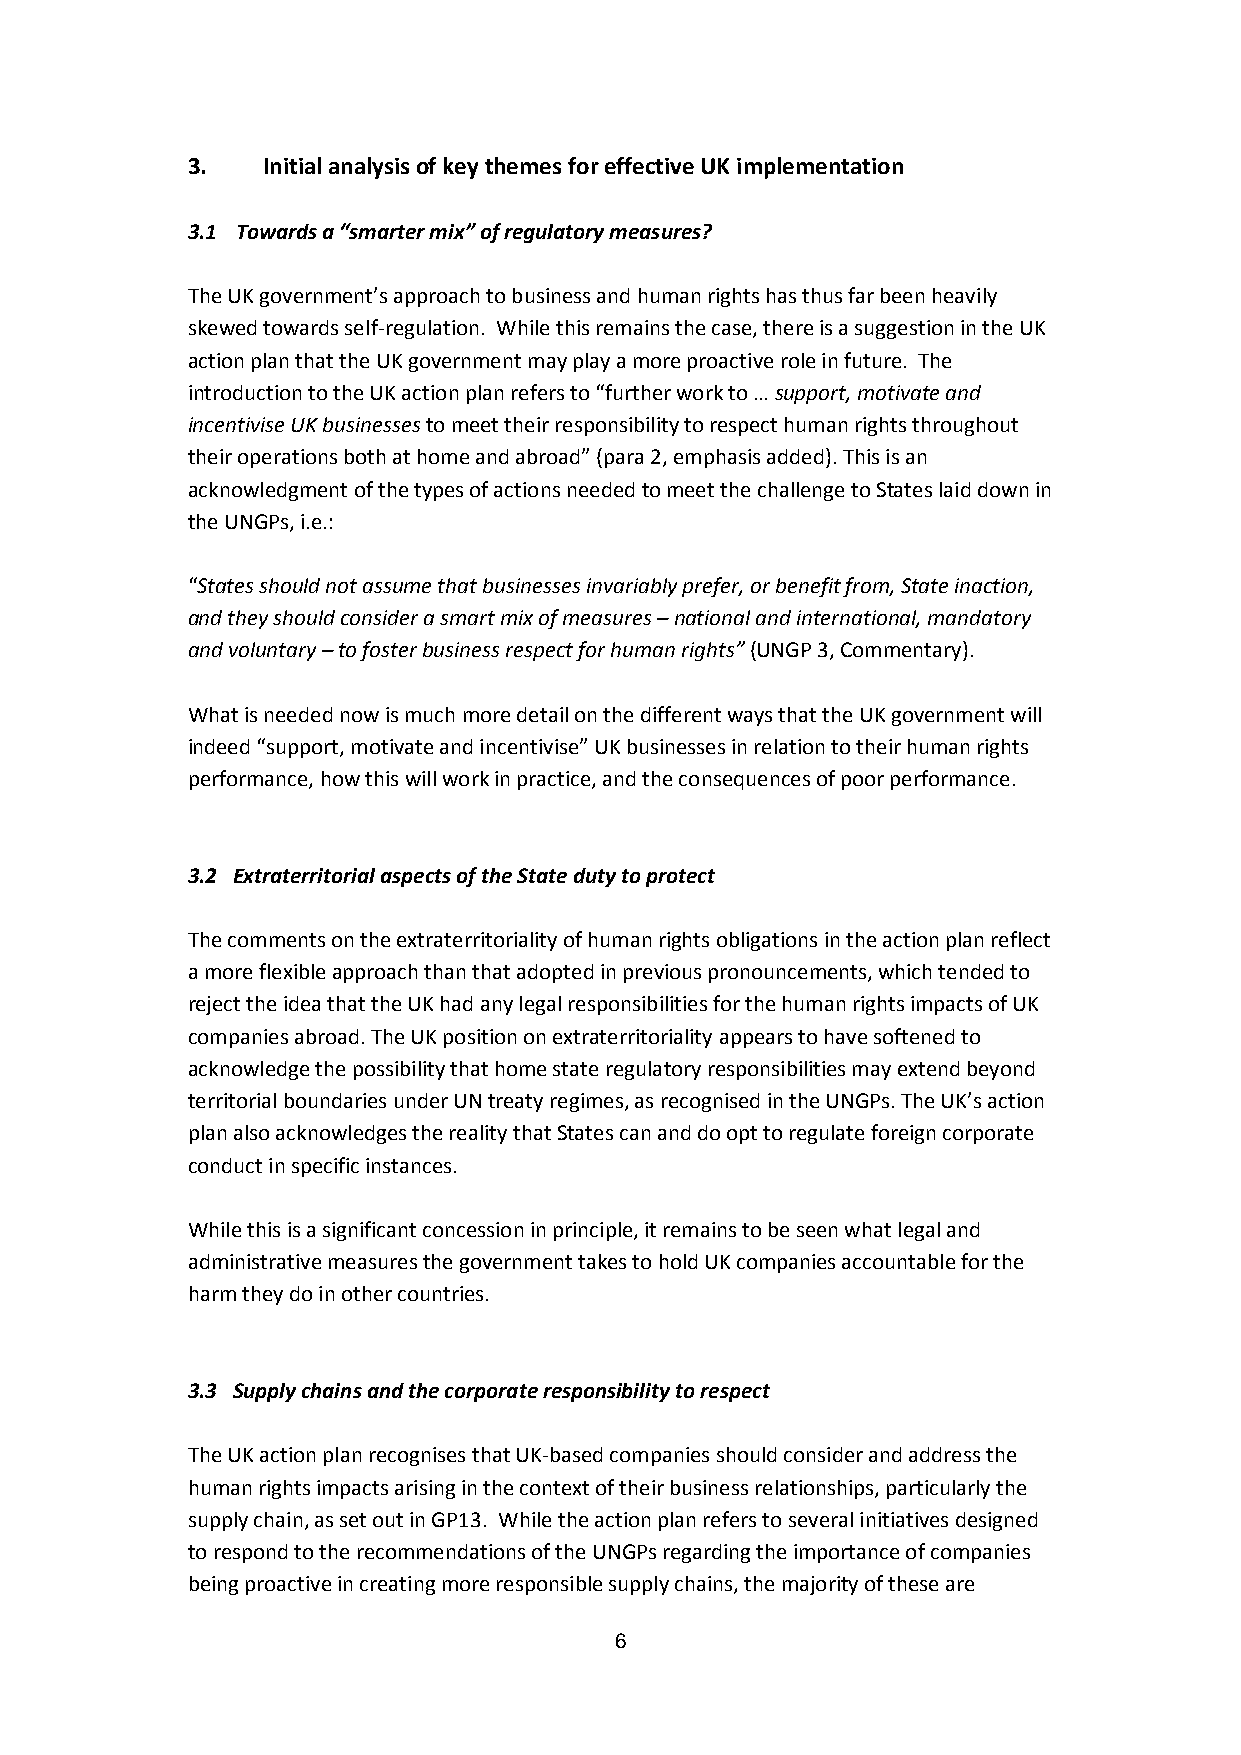
3.   Initial analysis of key themes for effective UK implementation
 3.1 Towards a “smarter mix” of regulatory measures?
 The UK government’s approach to business and human rights has thus far been heavily
 skewed towards self-regulation. While this remains the case, there is a suggestion in the UK
 action plan that the UK government may play a more proactive role in future. The
 introduction to the UK action plan refers to “further work to … support, motivate and
 incentivise UK businesses to meet their responsibility to respect human rights throughout
 their operations both at home and abroad” (para 2, emphasis added). This is an
 acknowledgment of the types of actions needed to meet the challenge to States laid down in
 the UNGPs, i.e.:
 “States should not assume that businesses invariably prefer, or benefit from, State inaction,
 and they should consider a smart mix of measures – national and international, mandatory
 and voluntary – to foster business respect for human rights” (UNGP 3, Commentary).
 What is needed now is much more detail on the different ways that the UK government will
 indeed “support, motivate and incentivise” UK businesses in relation to their human rights
 performance, how this will work in practice, and the consequences of poor performance.
 3.2 Extraterritorial aspects of the State duty to protect
 The comments on the extraterritoriality of human rights obligations in the action plan reflect
 a more flexible approach than that adopted in previous pronouncements, which tended to
 reject the idea that the UK had any legal responsibilities for the human rights impacts of UK
 companies abroad. The UK position on extraterritoriality appears to have softened to
 acknowledge the possibility that home state regulatory responsibilities may extend beyond
 territorial boundaries under UN treaty regimes, as recognised in the UNGPs. The UK’s action
 plan also acknowledges the reality that States can and do opt to regulate foreign corporate
 conduct in specific instances.
 While this is a significant concession in principle, it remains to be seen what legal and
 administrative measures the government takes to hold UK companies accountable for the
 harm they do in other countries.
 3.3 Supply chains and the corporate responsibility to respect
 The UK action plan recognises that UK-based companies should consider and address the
 human rights impacts arising in the context of their business relationships, particularly the
 supply chain, as set out in GP13. While the action plan refers to several initiatives designed
 to respond to the recommendations of the UNGPs regarding the importance of companies
 being proactive in creating more responsible supply chains, the majority of these are
 6